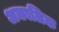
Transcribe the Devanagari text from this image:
अकालिक